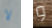
لا و